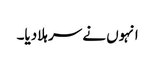
انہوں نے سر ہلادیا۔